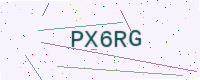
Text: PX6RG